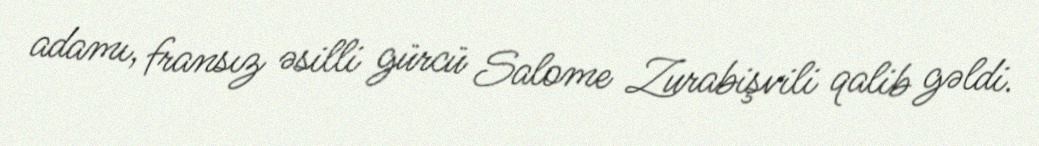
adamı, fransız əsilli gürcü Salome Zurabişvili qalib gəldi.